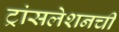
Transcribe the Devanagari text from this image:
ट्रांसलेशनची